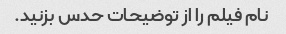
نام فیلم را از توضیحات حدس بزنید.